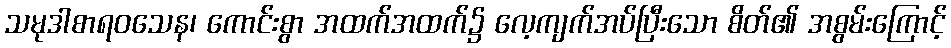
သမုဒါစာရဝသေန၊ ကောင်းစွာ အထက်အထက်၌ လေ့ကျက်အပ်ပြီးသော စိတ်၏ အစွမ်းကြောင့်